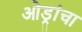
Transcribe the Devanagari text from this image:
ओड्रांचा